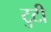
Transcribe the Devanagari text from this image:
टुटी